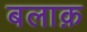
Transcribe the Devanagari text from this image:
बलाक़